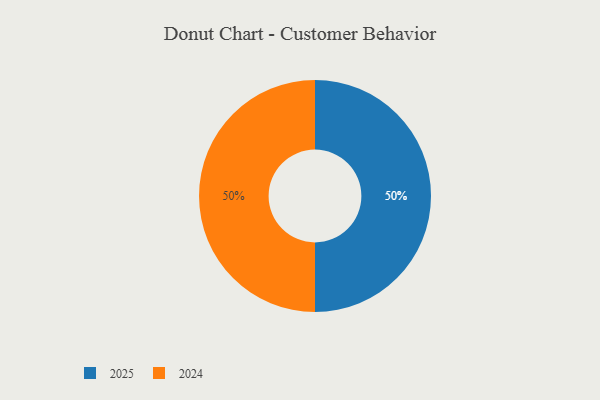
{"axis": {"x": "Category", "y": "Percentage"}, "legend": ["2024", "2025"], "data": [{"x": "2025", "y": 50, "type": "2025"}, {"x": "2024", "y": 50, "type": "2024"}]}